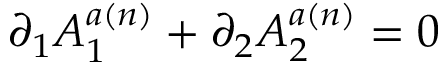
\partial _ { 1 } A _ { 1 } ^ { a ( n ) } + \partial _ { 2 } A _ { 2 } ^ { a ( n ) } = 0